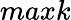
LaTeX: maxk